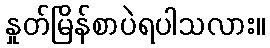
နှုတ်မြိန်စာပဲရပါသလား။